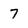
Character: 7